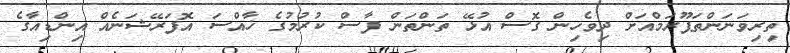
ތިރިވަނަންތަޕޫރަމްއަށް ދިވެހިން ގޮސް އުޅޭ ތަންތަން ފާސް ކުރުމުގެ ޚާއްސަ އޮފަރޭޝަނެއް އިންޑިއާގެ